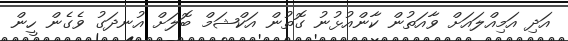
އަދި އަމިއްލައަށް ވާއަތުން ކާންއުޅުނު ގޮތުން އަކްޝަމް ބޮލަށް އުނދަގު ވެގެން ހީން